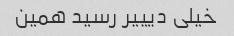
خیلی دیییر رسید همین